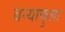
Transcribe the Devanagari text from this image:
वन्याफुला